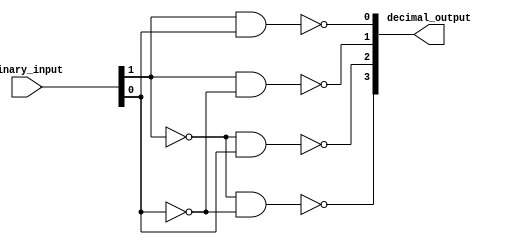
module decoder_2to4 (
    input [1:0] binary_input,
    output [3:0] decimal_output
);

assign decimal_output[0] = ~(binary_input[1] & binary_input[0]);
assign decimal_output[1] = ~(binary_input[1] & ~binary_input[0]);
assign decimal_output[2] = ~(~binary_input[1] & binary_input[0]);
assign decimal_output[3] = ~(~binary_input[1] & ~binary_input[0]);

endmodule